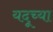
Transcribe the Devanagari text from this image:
यदूच्या